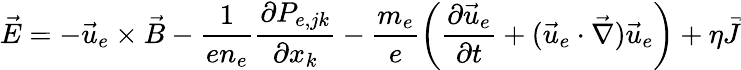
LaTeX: \vec{E}=-\vec{u}_{e}\times\vec{B}-\frac{1}{en_{e}}\frac{\partial P_{e,jk}}{\partial x_{k}}-\frac{m_{e}}{e}\left(\frac{\partial\vec{u}_{e}}{\partial t}+(\vec{u}_{e}\cdot\vec{\nabla})\vec{u}_{e}\right)+\eta\vec{J}